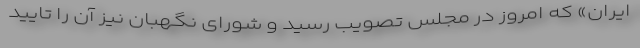
ایران» که امروز در مجلس تصویب رسید و شورای نگهبان نیز آن را تایید